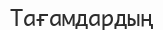
Тағамдардың